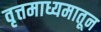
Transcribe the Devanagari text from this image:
वृत्तमाध्यमातून